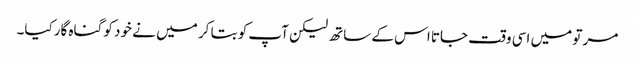
مر تو میں اسی وقت جاتا اس کے ساتھ لیکن آپ کو بتا کر میں نے خود کو گناہ گارکیا۔